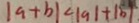
\vert a + b \vert < \vert a \vert + \vert b \vert